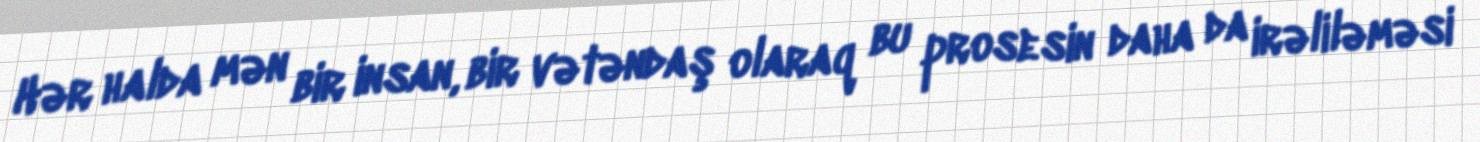
Hər halda mən bir insan, bir vətəndaş olaraq bu prosesin daha da irəliləməsi